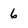
Character: 6